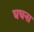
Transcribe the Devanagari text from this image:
घचना